Scottish Leaving Certificate Examination, 1953
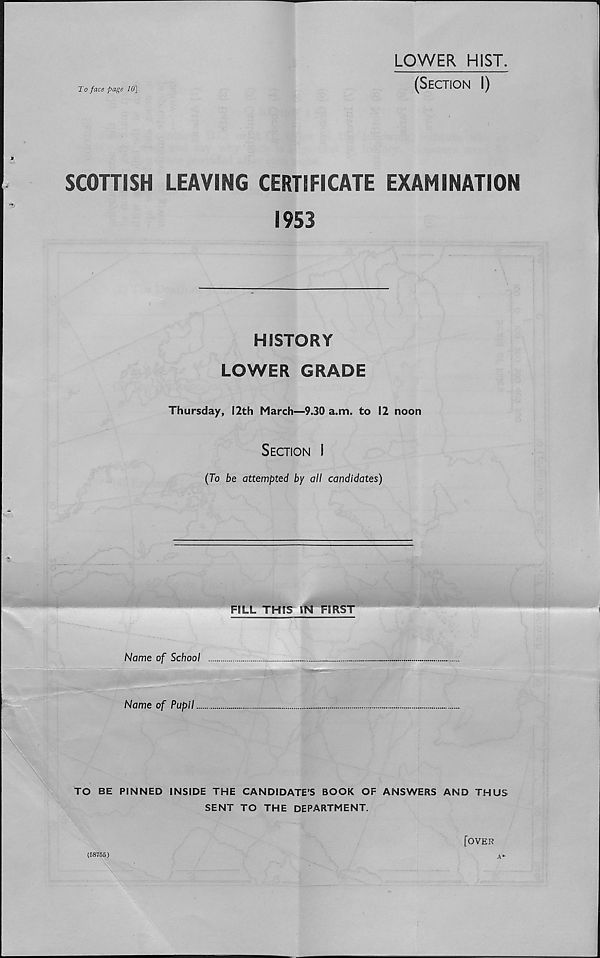
To face page 10]
LOWER HIST.
(Section I)
SCOTTISH LEAVING CERTIFICATE EXAMINATION
1953
HISTORY
LOWER GRADE
Thursday, 12th March—9.30 a.m. to 12 noon
Section I
(To be attempted by all candidates)
FILL THIS IN FIRST
Name of School
" l i i ' n rialr—^ ‘ "
Name of Pupil
TO BE PINNED INSIDE THE CANDIDATE’S BOOK OF ANSWERS AND THUS
SENT TO THE DEPARTMENT.
A*
(58755)
[over